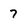
Character: 7